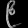
Digit: ၉